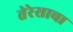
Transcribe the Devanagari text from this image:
तेरेसाचा